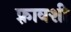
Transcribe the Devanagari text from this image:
फ़्रावशी